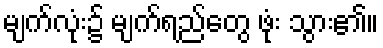
မျက်လုံး၌ မျက်ရည်တွေ ဖုံး သွား၏။